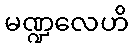
မဏ္ဍလေဟိ